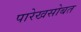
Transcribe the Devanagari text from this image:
पारेखसोबत